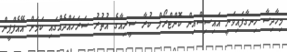
މިހާދިސާ ހިނގާފައިވަނީ އައިސިސްއިން ކޮންޓްރޯލް ކުރާ ސީރިއާގެ އުތުރު ސަރަހައްދެއްގައި ކަމަށް އޭއެފްޕީން